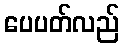
ပေပတ်လည်